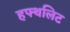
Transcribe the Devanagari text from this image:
हफ्थलिट